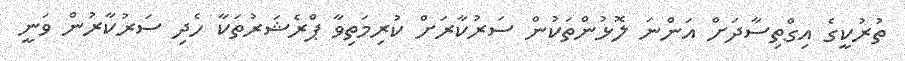
ތުރުކީގެ އިގްތިސާދަށް އަންނަ ލޮޅުންތަކުން ސަރުކާރަށް ކުރިމަތިވާ ޕްރެޝަރުތަކާ ހެދި ސަރުކާރުން ވަނީ